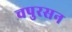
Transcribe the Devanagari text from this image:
चपुरसन